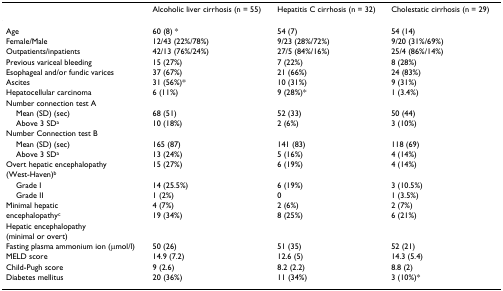
<table><thead><tr><td></td><td><b>Alcoholic liver cirrhosis (n = 55)</b></td><td><b>Hepatitis C cirrhosis (n = 32)</b></td><td><b>Cholestatic cirrhosis (n = 29)</b></td></tr></thead><tbody><tr><td>Age</td><td>60 (8) *</td><td>54 (7)</td><td>54 (14)</td></tr><tr><td>Female/Male</td><td>12/43 (22%/78%)</td><td>9/23 (28%/72%)</td><td>9/20 (31%/69%)</td></tr><tr><td>Outpatients/inpatients</td><td>42/13 (76%/24%)</td><td>27/5 (84%/16%)</td><td>25/4 (86%/14%)</td></tr><tr><td>Previous variceal bleeding</td><td>15 (27%)</td><td>7 (22%)</td><td>8 (28%)</td></tr><tr><td>Esophageal and/or fundic varices</td><td>37 (67%)</td><td>21 (66%)</td><td>24 (83%)</td></tr><tr><td>Ascites</td><td>31 (56%)*</td><td>10 (31%)</td><td>9 (31%)</td></tr><tr><td>Hepatocellular carcinoma</td><td>6 (11%)</td><td>9 (28%)*</td><td>1 (3.4%)</td></tr><tr><td>Number connection test A</td><td></td><td></td><td></td></tr><tr><td> Mean (SD) (sec)</td><td>68 (51)</td><td>52 (33)</td><td>50 (44)</td></tr><tr><td> Above 3 SD<sup>a</sup></td><td>10 (18%)</td><td>2 (6%)</td><td>3 (10%)</td></tr><tr><td>Number Connection test B</td><td></td><td></td><td></td></tr><tr><td> Mean (SD) (sec)</td><td>165 (87)</td><td>141 (83)</td><td>118 (69)</td></tr><tr><td> Above 3 SD<sup>a</sup></td><td>13 (24%)</td><td>5 (16%)</td><td>4 (14%)</td></tr><tr><td>Overt hepatic encephalopathy</td><td>15 (27%)</td><td>6 (19%)</td><td>4 (14%)</td></tr><tr><td>(West-Haven)<sup>b</sup></td><td></td><td></td><td></td></tr><tr><td> Grade I</td><td>14 (25.5%)</td><td>6 (19%)</td><td>3 (10.5%)</td></tr><tr><td> Grade II</td><td>1 (2%)</td><td>0</td><td>1 (3.5%)</td></tr><tr><td>Minimal hepatic</td><td>4 (7%)</td><td>2 (6%)</td><td>2 (7%)</td></tr><tr><td>encephalopathy<sup>c</sup></td><td>19 (34%)</td><td>8 (25%)</td><td>6 (21%)</td></tr><tr><td>Hepatic encephalopathy</td><td></td><td></td><td></td></tr><tr><td>(minimal or overt)</td><td></td><td></td><td></td></tr><tr><td>Fasting plasma ammonium ion (μmol/l)</td><td>50 (26)</td><td>51 (35)</td><td>52 (21)</td></tr><tr><td>MELD score</td><td>14.9 (7.2)</td><td>12.6 (5)</td><td>14.3 (5.4)</td></tr><tr><td>Child-Pugh score</td><td>9 (2.6)</td><td>8.2 (2.2)</td><td>8.8 (2)</td></tr><tr><td>Diabetes mellitus</td><td>20 (36%)</td><td>11 (34%)</td><td>3 (10%)*</td></tr></tbody></table>